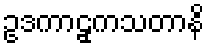
ဥဒကာဠှကသတာနိ